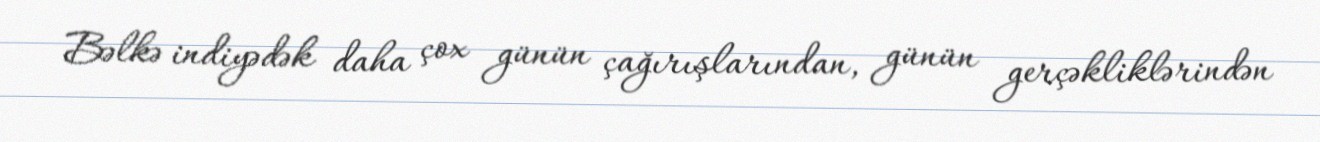
Bəlkə indiyədək daha çox günün çağırışlarından, günün gerçəkliklərindən